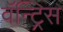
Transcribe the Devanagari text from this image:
वॅन्ट्रिस